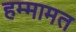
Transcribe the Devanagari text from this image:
हम्मामत